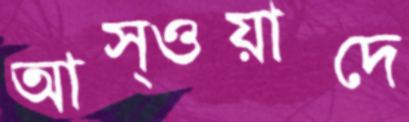
আস্ওয়াদে